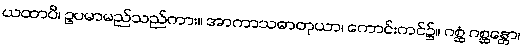
ယထာပိ၊ ဥပမာမည်သည်ကား။ အာကာသဓာတုယာ၊ ကောင်းကင်၌။ ဂစ္ဆံ ဂစ္ဆန္တော၊